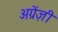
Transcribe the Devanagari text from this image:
अग्रेंज़ी